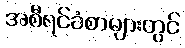
အစီရင်ခံစာများတွင်